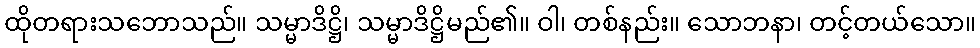
ထိုတရားသဘောသည်။ သမ္မာဒိဋ္ဌိ၊ သမ္မာဒိဋ္ဌိမည်၏။ ဝါ၊ တစ်နည်း။ သောဘနာ၊ တင့်တယ်သော။